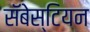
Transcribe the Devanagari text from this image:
सॅबेस्टियन